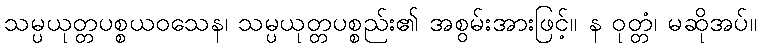
သမ္ပယုတ္တပစ္စယဝသေန၊ သမ္ပယုတ္တပစ္စည်း၏ အစွမ်းအားဖြင့်။ န ဝုတ္တံ၊ မဆိုအပ်။